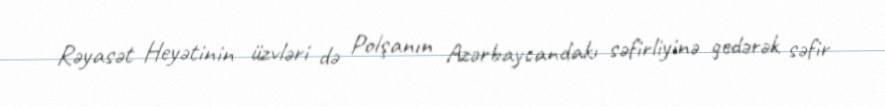
Rəyasət Heyətinin üzvləri də Polşanın Azərbaycandakı səfirliyinə gedərək səfir